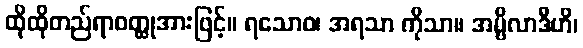
ထိုထိုတည်ရာဝတ္ထုအားဖြင့်။ ရသောဝ၊ အရသာ ကိုသာ။ အမ္ဗိလာဒီဟိ၊